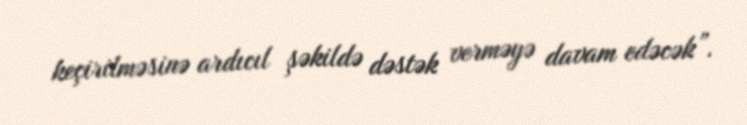
keçirilməsinə ardıcıl şəkildə dəstək verməyə davam edəcək”.